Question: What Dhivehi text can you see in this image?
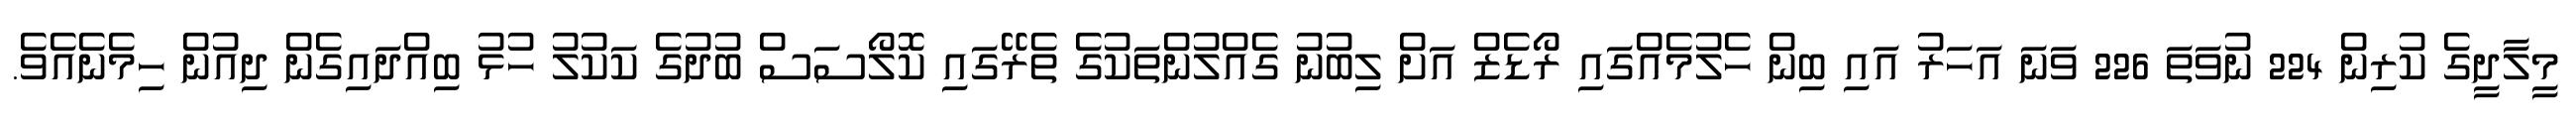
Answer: މީލާދީގެ ކުރިން 224 ނުވަތަ 226 ވަނަ އަހަރު އައި ބިން ހެލުމެއްގައި ރޯޑެޒް އަށް ލިބުނު ގެއްލުންތަކުގެ ތެރޭގައި ކޮލޯސަސް ބުދުގެ ކަކުލު ހުޅު ބިއްދައިގެން ދިއުން ހިމެނެއެވެ.